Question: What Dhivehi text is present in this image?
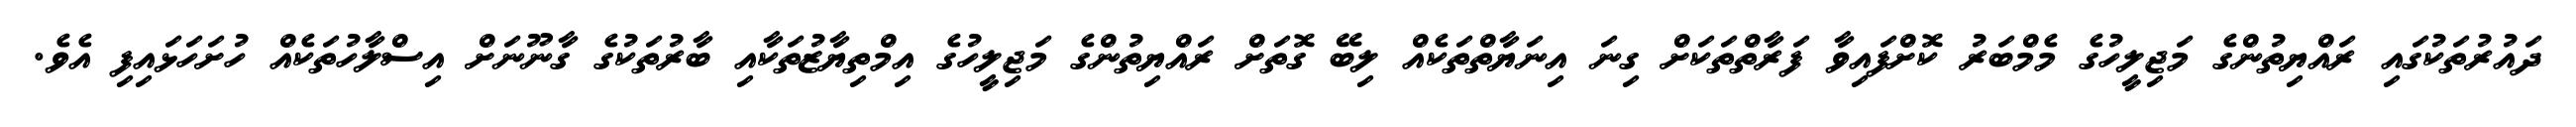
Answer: ދައުރުތަކުގައި ރައްޔިތުންގެ މަޖިލީހުގެ މެމްބަރު ކޮށްފައިވާ ފަރާތްތަކަށް ގިނަ އިނަޔާތްތަކެއް ލިބޭ ގޮތަށް ރައްޔިތުންގެ މަޖިލީހުގެ އިމްތިޔާޒުތަކާއި ބާރުތަކުގެ ގާނޫނަށް އިސްލާހުތަކެއް ހުށަހަޅައިފި އެވެ.